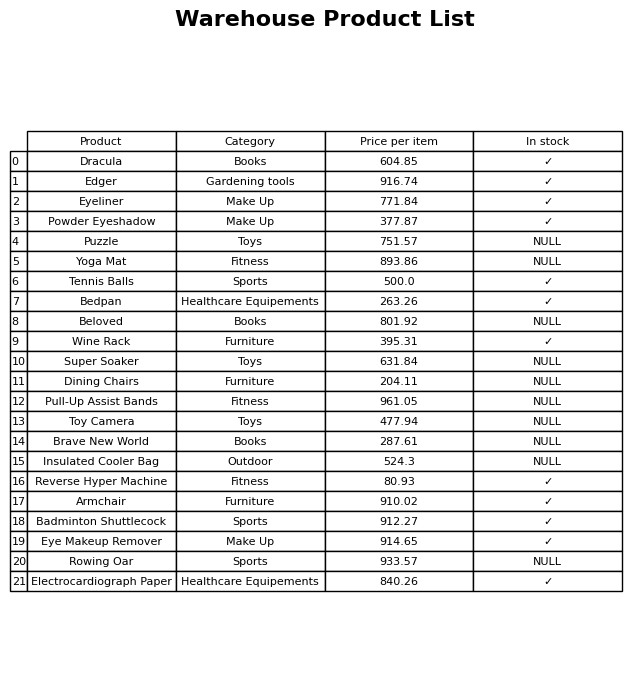
question: What is the price for Eyeliner?
answer: The price of Eyeliner is 771.84.